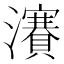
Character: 𱪎